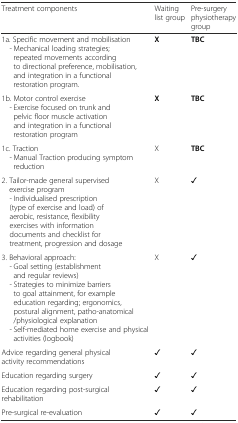
<table><thead><tr><td><b>Treatment components</b></td><td><b>Waiting list group</b></td><td><b>Pre-surgery physiotherapy group</b></td></tr></thead><tbody><tr><td>1a. Specific movement and mobilisation - Mechanical loading strategies; repeated movements according to directional preference, mobilisation, and integration in a functional restoration program.</td><td><b>X</b></td><td><b>TBC</b></td></tr><tr><td>1b. Motor control exercise - Exercise focused on trunk and pelvic floor muscle activation and integration in a functional restoration program</td><td><b>X</b></td><td><b>TBC</b></td></tr><tr><td>1c. Traction - Manual Traction producing symptom reduction</td><td>X</td><td><b>TBC</b></td></tr><tr><td>2. Tailor-made general supervised exercise program - Individualised prescription (type of exercise and load) of aerobic, resistance, flexibility exercises with information documents and checklist for treatment, progression and dosage</td><td>X</td><td><b>✓</b></td></tr><tr><td>3. Behavioral approach: - Goal setting (establishment and regular reviews) - Strategies to minimize barriers to goal attainment, for example education regarding; ergonomics, postural alignment, patho-anatomical/physiological explanation - Self-mediated home exercise and physical activities (logbook)</td><td>X</td><td><b>✓</b></td></tr><tr><td>Advice regarding general physical activity recommendations</td><td><b>✓</b></td><td><b>✓</b></td></tr><tr><td>Education regarding surgery</td><td><b>✓</b></td><td><b>✓</b></td></tr><tr><td>Education regarding post-surgical rehabilitation</td><td><b>✓</b></td><td><b>✓</b></td></tr><tr><td>Pre-surgical re-evaluation</td><td><b>✓</b></td><td><b>✓</b></td></tr></tbody></table>